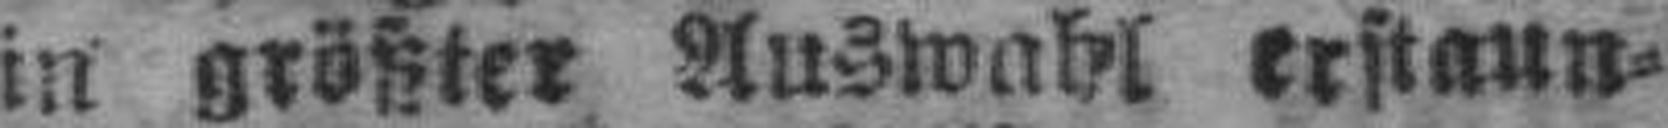
in größter Auswahl erstaun¬